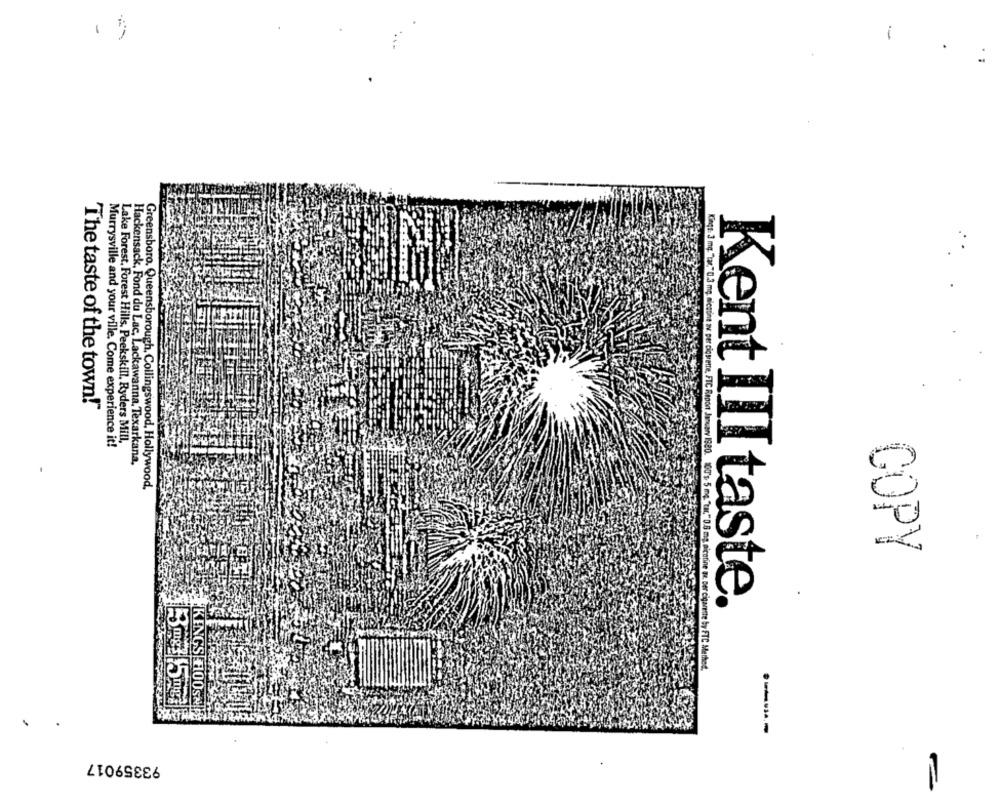
-
"The taste of the town!"
Murrysville and your ville. Come experience it!
Lake Forest, Forest Hills, Peekskill, Ryders Mill,
Hackensack, Fond du Lac, Lackawanna, Texarkana,
Greensboro, Queensborough, Collingswood, Hollywood.
COPY
Kent III taste.
Gings: 3 mg: "tar." 0.3 mg. nicsont av. per cigarette, FTC Report January 1980. 100's 5 mg. "tar," 0.8 mg, nicotine ww. per cigarette by FTC Methed,
KINGS HOOSNE
-----
93359017